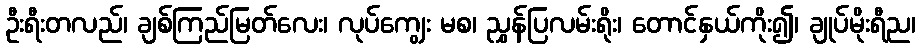
ဦးရီးတလည်၊ ချစ်ကြည်မြတ်လေး၊ လုပ်ကျွေး မစ၊ ညွှန်ပြလမ်းရိုး၊ တောင်နှယ်ကိုး၍၊ ချုပ်မိုးရီည၊